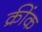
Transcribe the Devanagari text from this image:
क्रींक